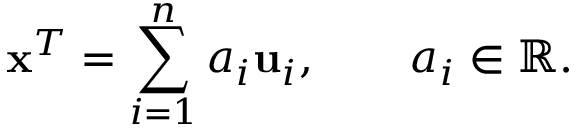
\mathbf { x } ^ { T } = \sum _ { i = 1 } ^ { n } a _ { i } \mathbf { u } _ { i } , \qquad a _ { i } \in \mathbb { R } .